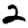
Digit: 2